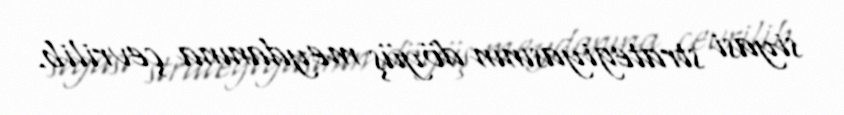
siyasi strategiyasının döyüş meydanına çevrilib.